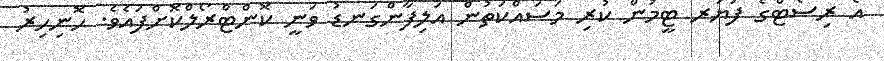
އެ ރިސޯޓްގެ ފަޔަރ ޓީމުން ކުރި މަސައްކަތުން އަލިފާންގަނޑު ވަނީ ކޮންޓްރޯލްކޮށްފައެވެ. ހޮނިހިރު